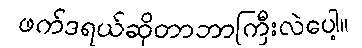
ဖက်ဒရယ်ဆိုတာဘာကြီးလဲပေါ့။